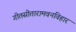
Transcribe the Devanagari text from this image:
गीतसीतारामवनविहार